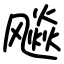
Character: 飚